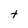
Character: e